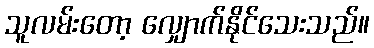
သူလမ်းတော့ လျှောက်နိုင်သေးသည်။